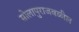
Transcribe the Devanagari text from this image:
सोलापुराजवळील